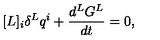
[ L ] _ { i } \delta ^ { L } q ^ { i } + \frac { d ^ { L } G ^ { L } } { d t } = 0 ,